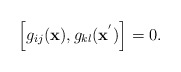
\begin{align*}\left[ g_{ij}({\bf x}), g_{kl}({\bf x}^{'})\right] = 0. \end{align*}